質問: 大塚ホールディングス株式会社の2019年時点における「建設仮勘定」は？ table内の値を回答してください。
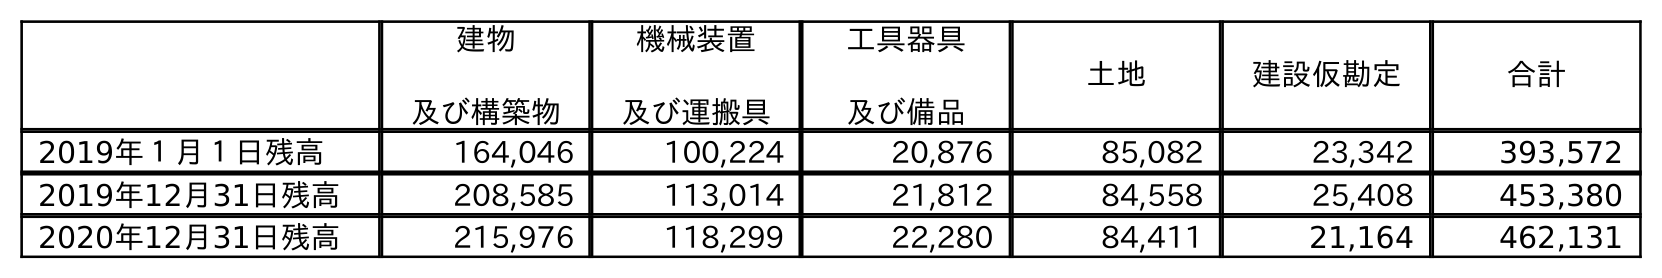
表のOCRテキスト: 建物 及び構築物 機械装置 及び運搬具 工具器具 及び備品 土地 建設仮勘定 合計 2019年１月１日残高 164,046 100,224 20,876 85,082 23,342 393,572 2019年12月31日残高 208,585 113,014 21,812 84,558 25,408 453,380 2020年12月31日残高 215,976 118,299 22,280 84,411 21,164 462,131
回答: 25,408